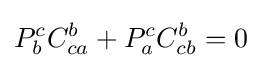
P_{b}^{c}C_{ca}^{b}+P_{a}^{c}C_{cb}^{b}=0